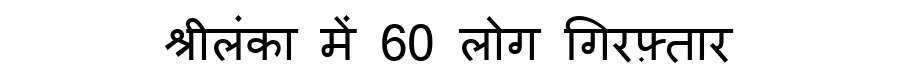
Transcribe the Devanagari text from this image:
श्रीलंका में 60 लोग गिरफ़्तार